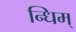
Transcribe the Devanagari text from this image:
न्धिम्